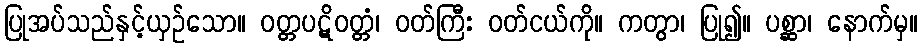
ပြုအပ်သည်နှင့်ယှဉ်သော။ ဝတ္တပဋိဝတ္တံ၊ ဝတ်ကြီး ဝတ်ငယ်ကို။ ကတွာ၊ ပြု၍။ ပစ္ဆာ၊ နောက်မှ။